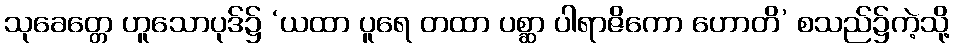
သုခေတ္တေ ဟူသောပုဒ်၌ ‘ယထာ ပူရေ တထာ ပစ္ဆာ ပါရာဇိကော ဟောတိ’ စသည်၌ကဲ့သို့